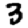
Digit: 3